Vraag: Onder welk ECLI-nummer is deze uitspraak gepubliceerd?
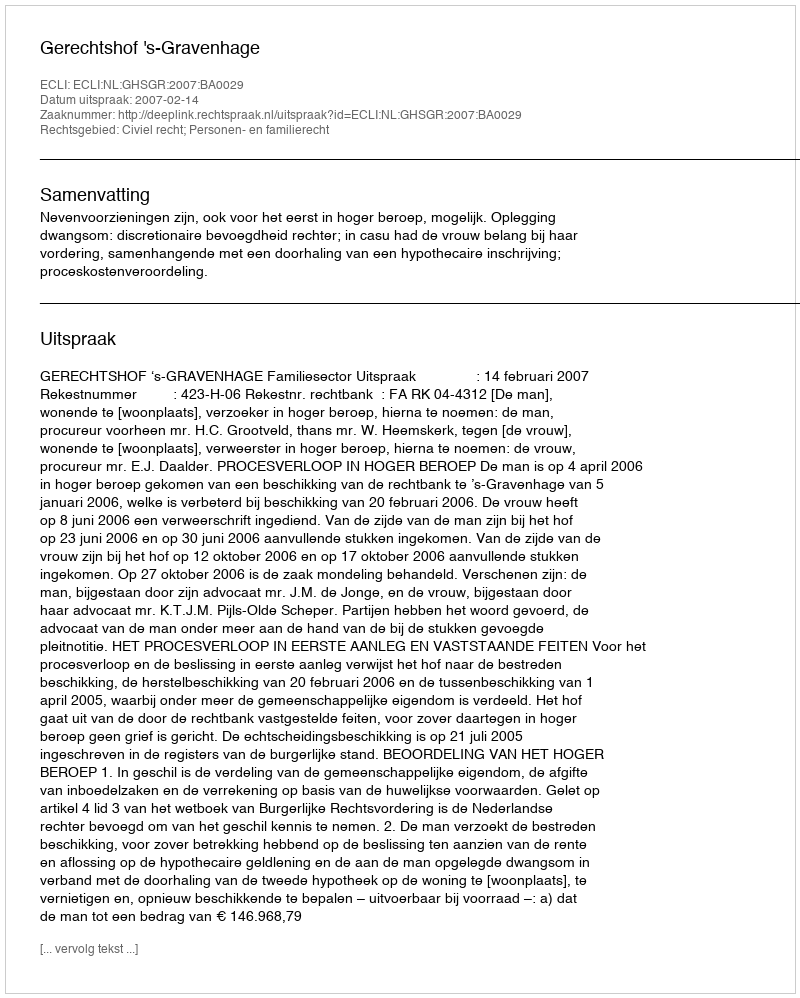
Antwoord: ECLI:NL:GHSGR:2007:BA0029